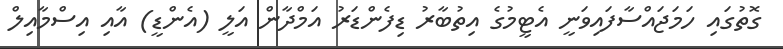
ގޮތުގައި ހަމަޖައްސާފައިވަނީ އެޓީމުގެ އިތުބާރު ޑިފެންޑަރު އަމްދާން އަލީ (އެންޑީ) އާއި އިސްމާއިލް